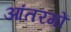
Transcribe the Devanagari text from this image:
आंतरगों